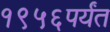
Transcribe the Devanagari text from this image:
१९५६पर्यंत